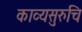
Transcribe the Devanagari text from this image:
काव्यसुरुचि